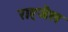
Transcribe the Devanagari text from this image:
राह्जैल